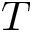
T